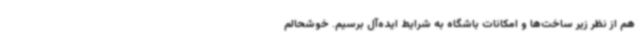
هم از نظر زیر ساخت‌ها و امکانات باشگاه به شرایط ایده‌آل برسیم. خوشحالم